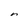
Character: n